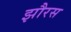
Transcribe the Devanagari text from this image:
झौरस